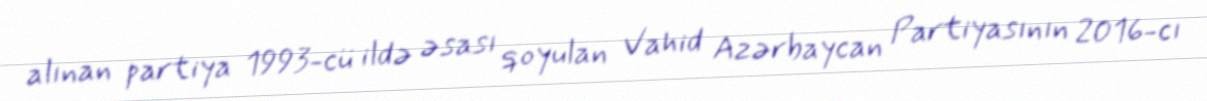
alınan partiya 1993-cü ildə əsası qoyulan Vahid Azərbaycan Partiyasının 2016-cı